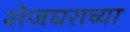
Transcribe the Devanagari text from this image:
शेजघराच्या